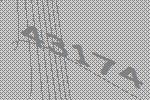
43174